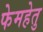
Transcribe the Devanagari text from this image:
फेमहेतु